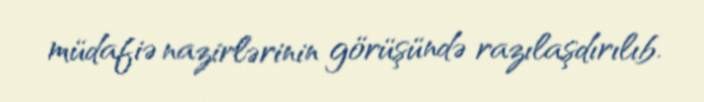
müdafiə nazirlərinin görüşündə razılaşdırılıb.